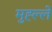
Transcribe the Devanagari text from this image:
मुह्ल्ले